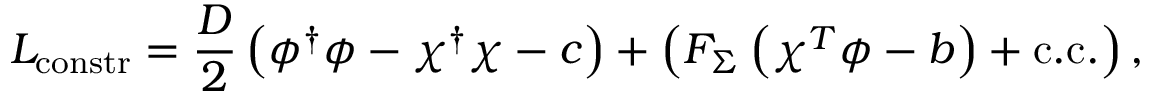
{ \cal L } _ { \mathrm { c o n s t r } } = { \frac { D } { 2 } } \left( \phi ^ { \dagger } \phi - \chi ^ { \dagger } \chi - c \right) + \left( F _ { \Sigma } \left( \chi ^ { T } \phi - b \right) + \mathrm { c . c . } \right) ,